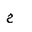
Letter: _kha